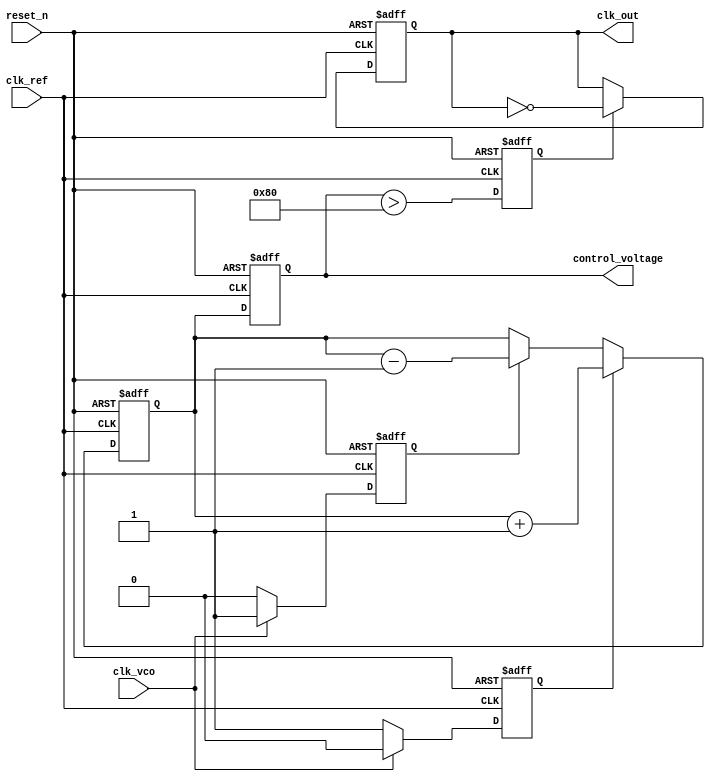
module CP_PLL (
    input wire clk_ref,      // Reference clock input
    input wire clk_vco,      // VCO output clock input for feedback
    input wire reset_n,      // Active low reset
    output reg clk_out,      // Output clock
    output reg [7:0] control_voltage // Control voltage output for VCO
);

    reg up, down;            // Signals from phase detector
    reg [7:0] charge_pump_output; // Charge Pump output voltage
    reg [3:0] feedback_divider;   // Adjustable feedback divider
    reg vco_enable;         // VCO enable signal

    // Phase Detector
    always @(posedge clk_ref or negedge reset_n) begin
        if (!reset_n) begin
            up <= 0;
            down <= 0;
        end else begin
            // Simple phase detector logic
            if (clk_vco) begin
                down <= 1;  // VCO leads Ref
                up <= 0;
            end else begin
                up <= 1;    // VCO lags Ref
                down <= 0;
            end
        end
    end

    // Charge Pump
    always @(posedge clk_ref or negedge reset_n) begin
        if (!reset_n) begin
            charge_pump_output <= 8'b0;
        end else begin
            if (up) begin
                charge_pump_output <= charge_pump_output + 1; // Increment
            end else if (down) begin
                charge_pump_output <= charge_pump_output - 1; // Decrement
            end
        end
    end

    // Loop Filter (simplified as a direct pass-through for this example)
    always @(posedge clk_ref or negedge reset_n) begin
        if (!reset_n) begin
            control_voltage <= 8'b0;
        end else begin
            control_voltage <= charge_pump_output; // Pass-through for simplicity
        end
    end

    // Voltage-Controlled Oscillator (VCO)
    always @(posedge clk_ref or negedge reset_n) begin
        if (!reset_n) begin
            vco_enable <= 0;
            clk_out <= 0;
        end else begin
            vco_enable <= (control_voltage[7:0] > 128);  // Example threshold
            if (vco_enable) begin
                clk_out <= ~clk_out; // Toggle output clock
            end
        end
    end

    // Feedback Divider (simple divider)
    always @(posedge clk_vco or negedge reset_n) begin
        if (!reset_n) begin
            feedback_divider <= 4'b0001; // Default division ratio
        end else begin
            feedback_divider <= feedback_divider + 1; // Increment divider
            if (feedback_divider >= 4'b1111) begin
                feedback_divider <= 4'b0001; // Roll over
            end
        end
    end

endmodule